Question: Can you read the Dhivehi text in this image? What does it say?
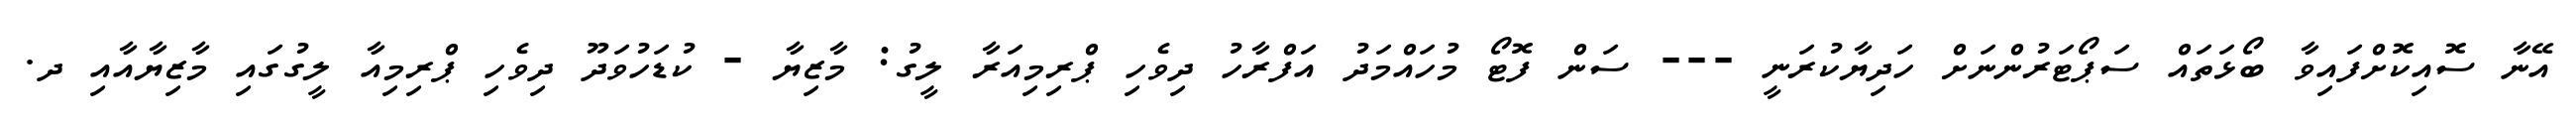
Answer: އޭނާ ސޮއިކޮށްފައިވާ ބޯޅަތައް ސަޕޯޓަރުންނަށް ހަދިޔާކުރަނީ --- ސަން ފޮޓޯ މުހައްމަދު އަފްރާހު ދިވެހި ޕްރިމިއަރާ ލީގު: މާޒިޔާ - ކުޑަހުވަދޫ ދިވެހި ޕްރިމިއާ ލީގުގައި މާޒިޔާއާއި ދ.